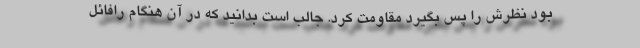
بود نظرش را پس بگیرد مقاومت کرد. جالب است بدانید که در آن هنگام رافائل